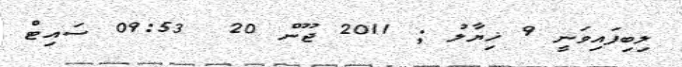
ލިބިފައިވަނީ 9 ޚިޔާލު ; 2011 ޖޫން 20  09:53 ސައިޓް